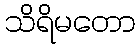
သိရိမတော